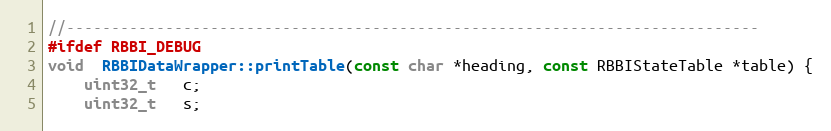
Language: C++
//-----------------------------------------------------------------------------
#ifdef RBBI_DEBUG
void  RBBIDataWrapper::printTable(const char *heading, const RBBIStateTable *table) {
    uint32_t   c;
    uint32_t   s;